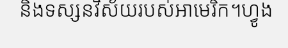
និងទស្សនវិស័យរបស់អាមេរិក។ហ្វូង